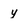
Character: y